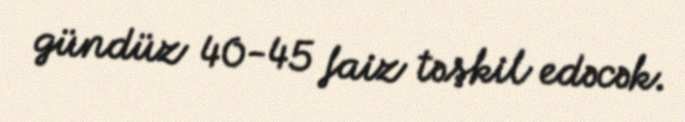
gündüz 40-45 faiz təşkil edəcək.